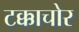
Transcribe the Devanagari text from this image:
टक्काचोर